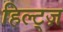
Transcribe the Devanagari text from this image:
हिल्ट्ज़